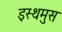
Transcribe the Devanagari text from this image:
इस्थमुस